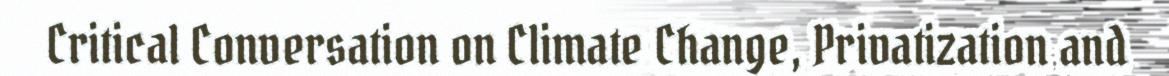
Critical Conversation on Climate Change, Privatization and